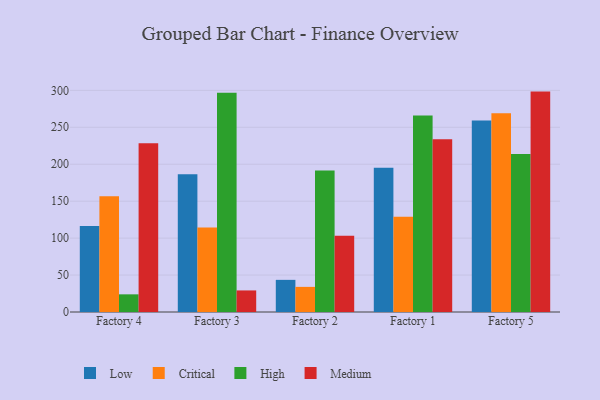
{"axis": {"x": "Factory", "y": "Waste Production (Tons)"}, "legend": ["Critical", "High", "Low", "Medium"], "data": [{"x": "Factory 4", "y": 116.5, "type": "Low"}, {"x": "Factory 4", "y": 156.5, "type": "Critical"}, {"x": "Factory 4", "y": 23.9, "type": "High"}, {"x": "Factory 4", "y": 228.5, "type": "Medium"}, {"x": "Factory 3", "y": 186.5, "type": "Low"}, {"x": "Factory 3", "y": 114.2, "type": "Critical"}, {"x": "Factory 3", "y": 296.6, "type": "High"}, {"x": "Factory 3", "y": 29.2, "type": "Medium"}, {"x": "Factory 2", "y": 43.5, "type": "Low"}, {"x": "Factory 2", "y": 34.0, "type": "Critical"}, {"x": "Factory 2", "y": 191.5, "type": "High"}, {"x": "Factory 2", "y": 103.1, "type": "Medium"}, {"x": "Factory 1", "y": 195.2, "type": "Low"}, {"x": "Factory 1", "y": 128.9, "type": "Critical"}, {"x": "Factory 1", "y": 266.0, "type": "High"}, {"x": "Factory 1", "y": 233.7, "type": "Medium"}, {"x": "Factory 5", "y": 259.1, "type": "Low"}, {"x": "Factory 5", "y": 269.1, "type": "Critical"}, {"x": "Factory 5", "y": 213.7, "type": "High"}, {"x": "Factory 5", "y": 298.3, "type": "Medium"}]}